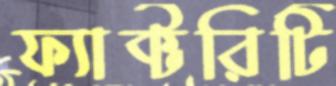
ফ্যাক্টরিটি